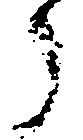
了